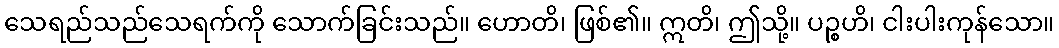
သေရည်သည်သေရက်ကို သောက်ခြင်းသည်။ ဟောတိ၊ ဖြစ်၏။ ဣတိ၊ ဤသို့။ ပဉ္စဟိ၊ ငါးပါးကုန်သော။